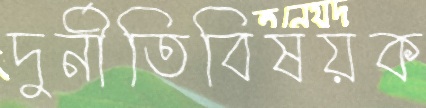
দুর্নীতিবিষয়ক